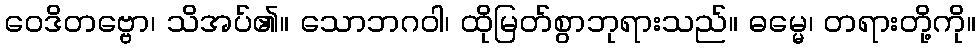
ဝေဒိတဗ္ဗော၊ သိအပ်၏။ သောဘဂဝါ၊ ထိုမြတ်စွာဘုရားသည်။ ဓမ္မေ၊ တရားတို့ကို။